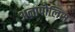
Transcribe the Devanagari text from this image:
अनापोलिस